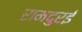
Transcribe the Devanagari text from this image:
रामदुरई